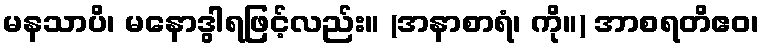
မနသာပိ၊ မနောဒွါရဖြင့်လည်း။ (အနာစာရံ၊ ကို။) အာစရတိဧဝ၊